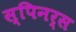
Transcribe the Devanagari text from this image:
स्पिनर्स